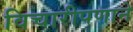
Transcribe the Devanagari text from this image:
विचारीपणाने